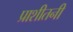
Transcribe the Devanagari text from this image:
प्राशीतनी